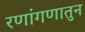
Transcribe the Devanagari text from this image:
रणांगणातुन